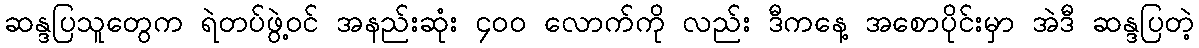
ဆန္ဒပြသူတွေက ရဲတပ်ဖွဲ့ဝင် အနည်းဆုံး ၄၀၀ လောက်ကို လည်း ဒီကနေ့ အစောပိုင်းမှာ အဲဒီ ဆန္ဒပြတဲ့